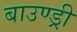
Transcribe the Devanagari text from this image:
बाउण्ड्री